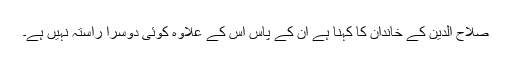
صلاح الدین کے خاندان کا کہنا ہے ان کے پاس اس کے علاوہ کوئی دوسرا راستہ نہیں ہے۔